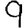
Digit: 9